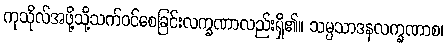
ကုသိုလ်အဖို့သို့သက်ဝင်စေခြင်းလက္ခဏာလည်းရှိ၏။ သမ္ပသာဒနလက္ခဏာစ၊